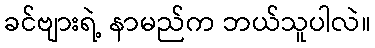
ခင်ဗျားရဲ့ နာမည်က ဘယ်သူပါလဲ။